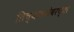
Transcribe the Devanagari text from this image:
तिच्याबरोबरच्या